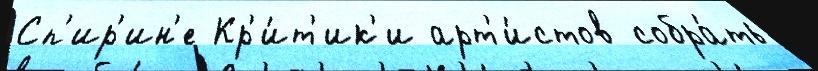
Сп'ир'ин'е Кр'и́т'ик'и арт'и́стов собра́ть